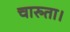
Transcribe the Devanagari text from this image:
चारुता।